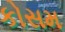
કોસમ